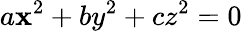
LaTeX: a\mathbf{x}^{2}+by^{2}+cz^{2}=0